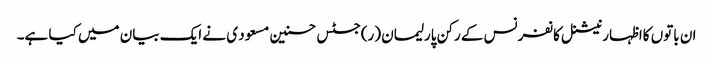
ان باتوں کااظہار نیشنل کانفرنس کے رکن پارلیمان (ر)جسٹس حسنین مسعود ی نے ایک بیان میں کیا ہے۔